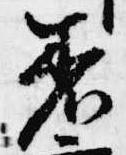
着